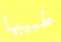
طبيبها